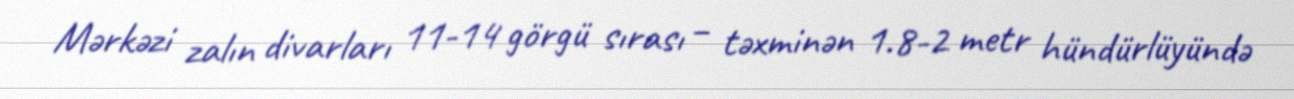
Mərkəzi zalın divarları 11-14 görgü sırası – təxminən 1.8-2 metr hündürlüyündə